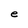
Character: e